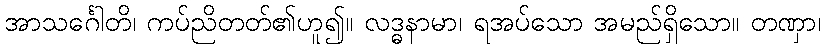
အာသင်္ဂေါတိ၊ ကပ်ညိတတ်၏ဟူ၍။ လဒ္ဓနာမာ၊ ရအပ်သော အမည်ရှိသော။ တဏှာ၊